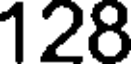
128